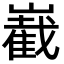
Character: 嶻